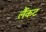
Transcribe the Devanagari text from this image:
लैंकट